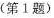
(第1题)